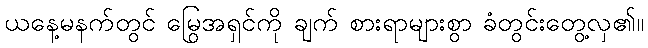
ယနေ့မနက်တွင် မြွေအရှင်ကို ချက် စားရာများစွာ ခံတွင်းတွေ့လှ၏။